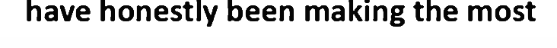
have honestly been making the most